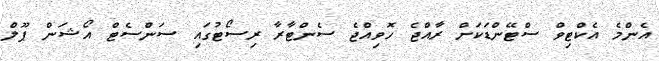
އެންމެ އެކްޓިވް ސްޓޭންޑަކަށް ރާއްޖެ ހޮވިއްޖެ ސެންޓާރާ ރިސޯޓުގައި ސަންސެޓް އޯޝަން ޕޫލް